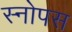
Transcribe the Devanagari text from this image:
स्नोपस